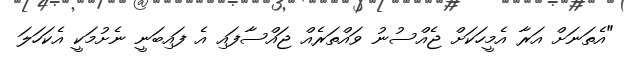
"އެތަނަށް އަރާ އެމީހަކަށް ޖެއްސުނު ވައްތަރެއް ޖައްސާފައި އެ ފައިބަނީ ނެށުމަކީ އެކަހަލަ